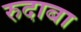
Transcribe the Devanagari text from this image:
रुदाबा